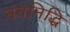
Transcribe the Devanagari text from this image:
नवनिद्धि